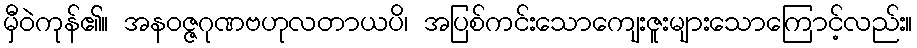
မှီဝဲကုန်၏။ အနဝဇ္ဇဂုဏဗဟုလတာယပိ၊ အပြစ်ကင်းသောကျေးဇူးများသောကြောင့်လည်း။